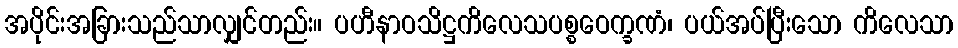
အပိုင်းအခြားသည်သာလျှင်တည်း။ ပဟီနာဝသိဋ္ဌကိလေသပစ္စဝေက္ခဏံ၊ ပယ်အပ်ပြီးသော ကိလေသာ